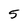
Character: 5